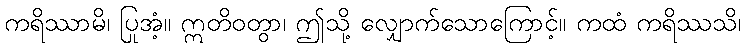
ကရိဿာမိ၊ ပြုအံ့။ ဣတိဝတွာ၊ ဤသို့ လျှောက်သောကြောင့်။ ကထံ ကရိဿသိ၊